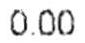
0.00